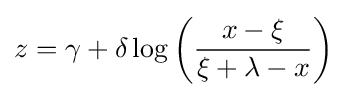
z=\gamma +\delta \log \left({\frac {x-\xi }{\xi +\lambda -x}}\right)